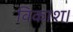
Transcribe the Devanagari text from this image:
विकाश।